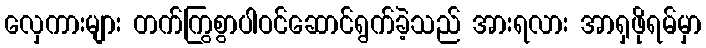
လှေကားများ တက်ကြွစွာပါဝင်ဆောင်ရွက်ခဲ့သည် အားရလား အာရှဖိုရမ်မှာ